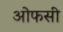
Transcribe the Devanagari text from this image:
ओफसी